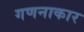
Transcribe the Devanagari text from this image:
गणनाकार